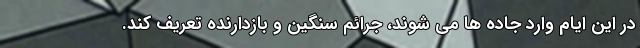
در این ایام وارد جاده ها می شوند، جرائم سنگین و بازدارنده تعریف کند.